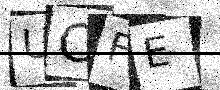
Text: UCFE